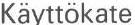
Käyttökate